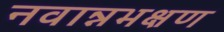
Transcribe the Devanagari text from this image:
नवान्नभक्षण